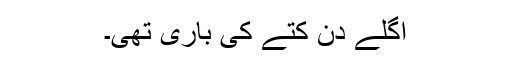
اگلے دن کتّے کی باری تھی۔